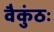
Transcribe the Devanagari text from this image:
वैकुंठः